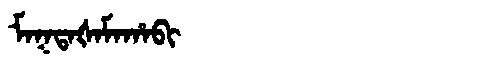
Manchu: ᠮᠠᡴᡨᠠᡧᠠᠮᠠᡥᠠᠪᡳ
Romanization: MAKTAŠAMAHABI